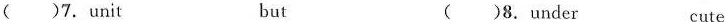
()7.unit but ()8.under cute